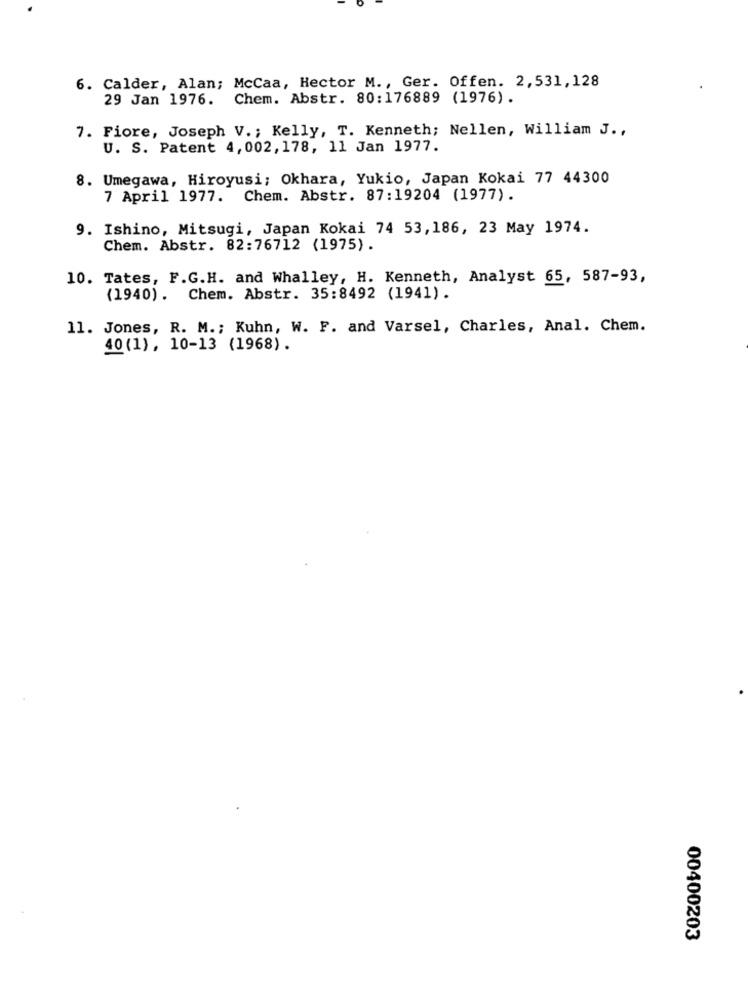
6. Calder, Alan; McCaa, Hector M ., Ger. Offen. 2,531,128
29 Jan 1976. Chem. Abstr. 80:176889 (1976).
7. Fiore, Joseph V .; Kelly, T. Kenneth; Nellen, William J .,
U. S. Patent 4,002, 178, 11 Jan 1977.
8. Umegawa, Hiroyusi; Okhara, Yukio, Japan Kokai 77 44300
7 April 1977. Chem. Abstr. 87:19204 (1977).
9. Ishino, Mitsugi, Japan Kokai 74 53,186, 23 May 1974.
Chem. Abstr. 82:76712 (1975).
10. Tates, F.G.H. and Whalley, H. Kenneth, Analyst 65, 587-93,
(1940). Chem. Abstr. 35:8492 (1941).
11. Jones, R. M .; Kuhn, W. F. and Varsel, Charles, Anal. Chem.
40(1), 10-13 (1968).
00400203